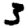
Digit: 3